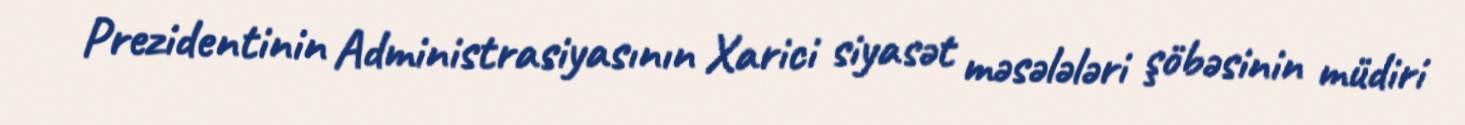
Prezidentinin Administrasiyasının Xarici siyasət məsələləri şöbəsinin müdiri